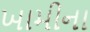
ખામીના